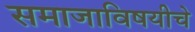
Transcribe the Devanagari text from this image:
समाजाविषयीचे